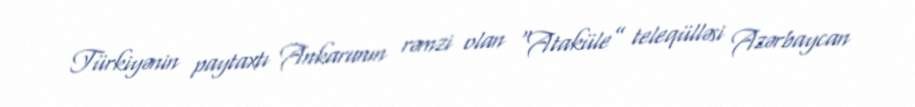
Türkiyənin paytaxtı Ankaranın rəmzi olan “Ataküle” teleqülləsi Azərbaycan